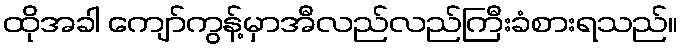
ထိုအခါ ကျော်ကွန့်မှာအီလည်လည်ကြီးခံစားရသည်။